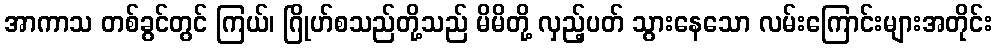
အာကာသ တစ်ခွင်တွင် ကြယ်၊ ဂြိုဟ်စသည်တို့သည် မိမိတို့ လှည့်ပတ် သွားနေသော လမ်းကြောင်းများအတိုင်း